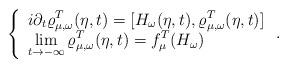
LaTeX: \begin{align*} \left\{ \begin{array}{l} \mbox{$i$} \partial_t \varrho_{\mu,\omega}^T(\eta,t) = [H_{\omega}(\eta,t),\varrho_{\mu,\omega}^T(\eta,t)] \\ \displaystyle\lim_{t \to -\infty}\varrho_{\mu,\omega}^T(\eta,t)= f_{{\mu}}^{T}(H_{\omega}) \end{array} \right. .\end{align*}